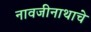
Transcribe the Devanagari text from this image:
नावजीनाथाचे